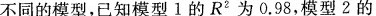
不同的模型，已知模型1的R?为0.98，模型2的